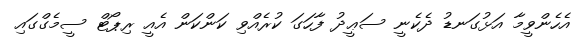
އެހެންވީމާ އަޅުގަނޑު ދެކެނީ ސަޢީދު ފާހަގަ ކުރެއްވި ކަންކަން އެއީ ރިޕޯޓް ސީމެގްގައި